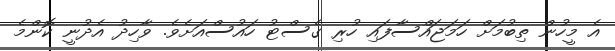
އެ މީހުން ތިބުމަށް ހަމަޖައްސާފައި ހުރި ގެސްޓު ހައުސްއަށެވެ. ވާހިދު އެދުނީ ކޮންމެ